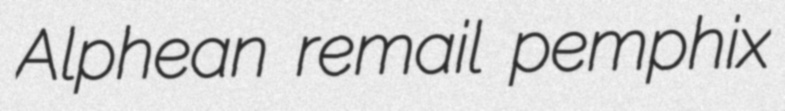
Alphean remail pemphix